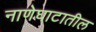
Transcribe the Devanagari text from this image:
नाणेघाटातील